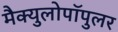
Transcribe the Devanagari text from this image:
मैक्युलोपॉपुलर